Civil Veterinary Department Bihar & Orissa reports 1929-36 - 1929-1936
Year: 1929
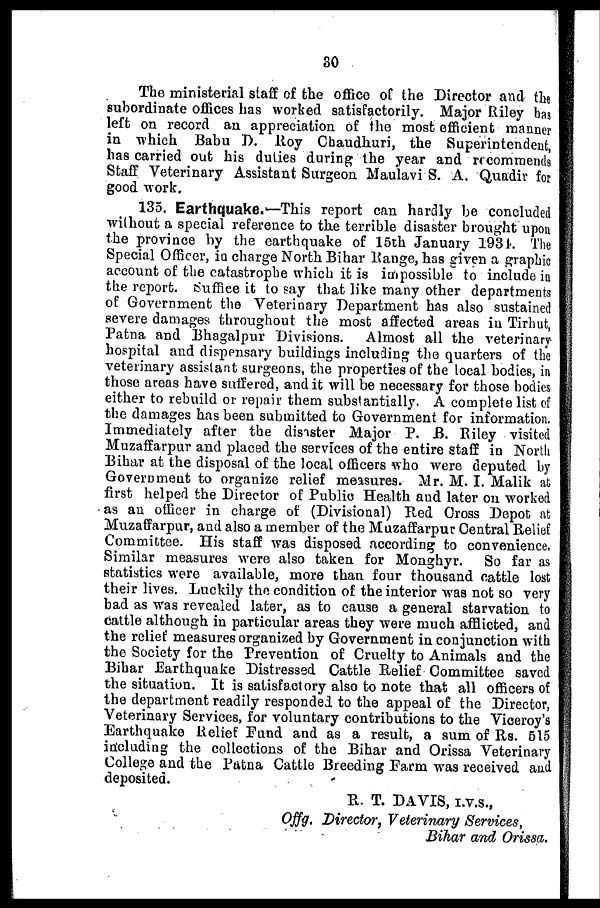
30
The ministerial staff of the office of the Director and the
subordinate offices has worked satisfactorily. Major Riley has
left on record an appreciation of the most efficient manner
in which Babu D. Roy Chaudhuri, the Superintendent,
has carried out his duties during the year and recommends
Staff Veterinary Assistant Surgeon Maulavi S. A. Quadir for
good work.
135. Earthquake.—This report can hardly be concluded
without a special reference to the terrible disaster brought upon
the province by the earthquake of loth January 1934. The
Special Officer, in charge North Bihar Range, has given a graphic
account of the catastrophe which it is impossible to include in
the report. Suffice it to say that like many other departments
of Government the Veterinary Department has also sustained
severe damages throughout the most affected areas in Tirhut,
Patna and Bhagalpur Divisions. Almost all the veterinary
hospital and dispensary buildings including the quarters of the
veterinary assistant surgeons, the properties of the local bodies, in
those areas have suffered, and it will be necessary for those bodies
either to rebuild or repair them substantially. A complete list of
the damages has been submitted to Government for information.
Immediately after the disaster Major P. B. Riley visited
Muzaffarpur and placed the services of the entire staff in North
Bihar at the disposal of the local officers who were deputed by
Government to organize relief measures. Mr. M. I. Malik at
first helped the Director of Public Health and later on worked
as an officer in charge of (Divisional) Red Cross Depot at
Muzaffarpur, and also a member of the Muzaffarpur Central Relief
Committee. His staff was disposed according to convenience.
Similar measures were also taken for Monghyr.
So far as
statistics were available, more than four thousand cattle lost
their lives. Luckily the condition of the interior was not so very
bad as was revealed later, as to cause a general starvation to
cattle although in particular areas they were much afflicted, and
the relief measures organized by Government in conjunction with
the Society for the Prevention of Cruelty to Animals and the
Bihar Earthquake Distressed Cattle Relief Committee saved
the situation. It is satisfactory also to note that all officers of
the department readily responded to the appeal of the Director,
Veterinary Services, for voluntary contributions to the Viceroy's
Earthquake Relief Fund and as a result, a sum of Rs. 515
including the collections of the Bihar and Orissa Veterinary
College and the Patna Cattle Breeding Farm was received and
deposited.
R. T. DAVIS, I.V.S.,
Offg. Director, Veterinary Services,
Bihar and Orissa.